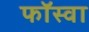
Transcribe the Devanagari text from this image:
फॉस्वा